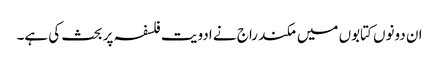
ان دونوں کتابوں میں مکند راج نے ادویت فلسفہ پر بحث کی ہے۔